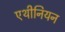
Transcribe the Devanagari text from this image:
एथीनियन